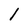
Character: I